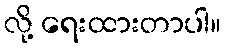
လို့ ရေးထားတာပါ။